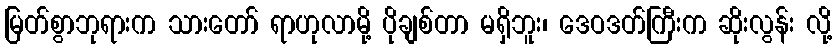
မြတ်စွာဘုရားက သားတော် ရာဟုလာမို့ ပိုချစ်တာ မရှိဘူး၊ ဒေဝဒတ်ကြီးက ဆိုးလွန်း လို့